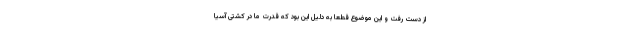
از دست رفت و این موضوع قطعا به دلیل این بود که قدرت ما در کشتی آسیا